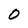
Character: 0